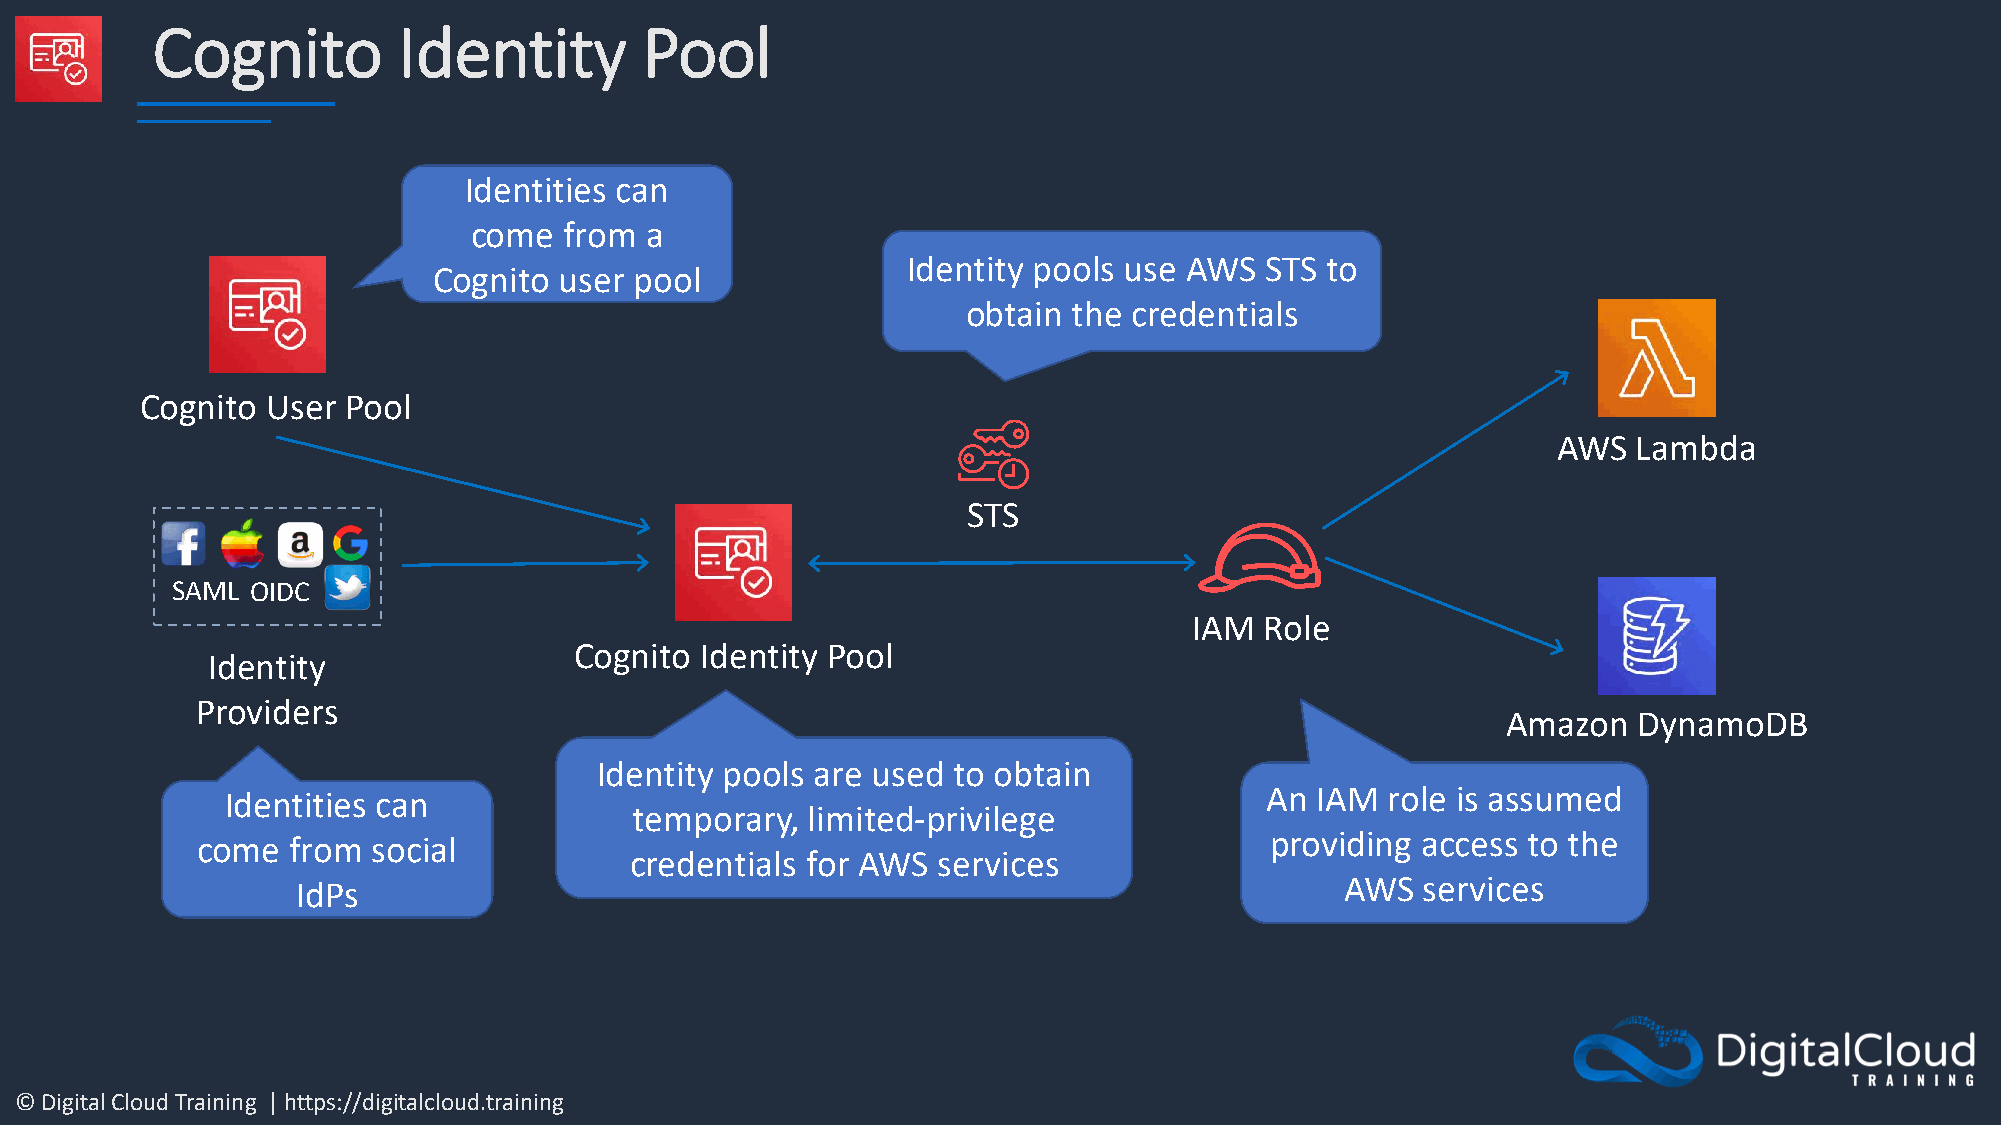
Cognito         Identity        Pool
 Identities can
 come  from  a
 Identity pools use AWS  STS to
 Cognito user pool
 obtain the credentials
 Cognito  User Pool
 AWS  Lambda
 STS
 SAML  OIDC
 IAM  Role
 Cognito Identity Pool
 Identity
 Providers
 Amazon  DynamoDB
 Identity pools are used to obtain
 An IAM  role is assumed
 Identities can
 temporary, limited-privilege
 come  from  social                                                     providing access to the
 credentials for AWS services
 IdPs                                                                 AWS  services
 © Digital Cloud Training | https://digitalcloud.training